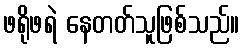
ဖရိုဖရဲ နေတတ်သူဖြစ်သည်။